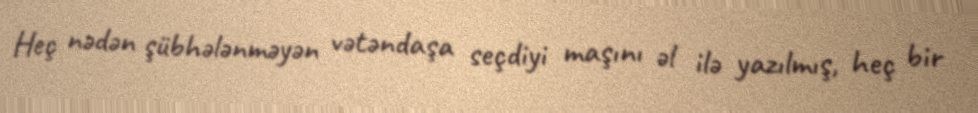
Heç nədən şübhələnməyən vətəndaşa seçdiyi maşını əl ilə yazılmış, heç bir